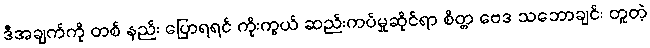
ဒီအချက်ကို တစ် နည်း ပြောရရင် ကိုးကွယ် ဆည်းကပ်မှုဆိုင်ရာ စိတ္တ ဗေဒ သဘောချင်း တူတဲ့